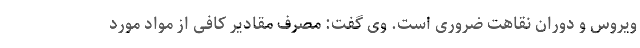
ویروس و دوران نقاهت ضروری است. وی گفت: مصرف مقادیر کافی از مواد مورد